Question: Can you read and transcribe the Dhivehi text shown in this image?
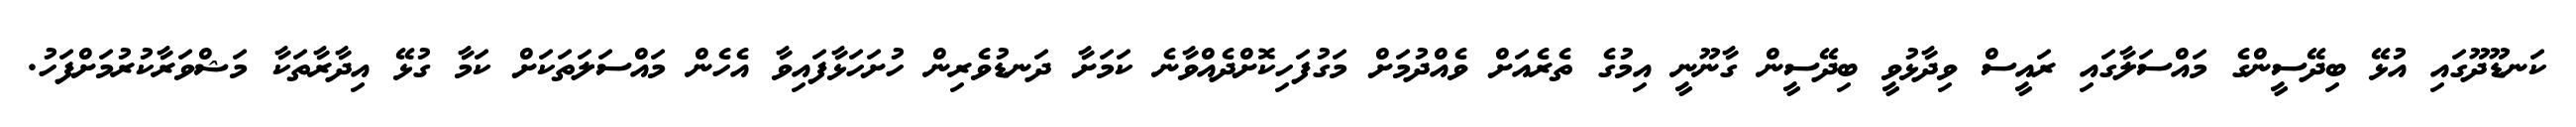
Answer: ކަނޑޫދޫގައި އުޅޭ ބިދޭސީންގެ މައްސަލާގައި ރައީސް ވިދާޅުވީ ބިދޭސީން ގާނޫނީ އިމުގެ ތެރެއަށް ވެއްދުމަށް މަގުފަހިކޮށްދެއްވާނެ ކަމަށާ ދަނޑުވެރިން ހުށަހަޅާފައިވާ އެހެން މައްސަލަތަކަށް ކަމާ ގުޅޭ އިދާރާތަކާ މަޝްވަރާކުރުމަށްފަހު.